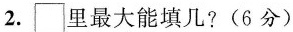
2.\Box 里最大能填几?(6分)